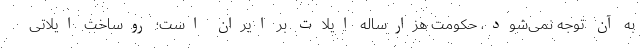
به آن توجه نمی‌شود، حکومت هزار‌ساله ایلات بر ایران است؛ روساخت ایلاتی